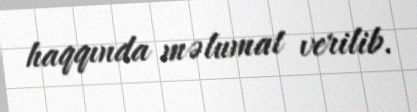
haqqında məlumat verilib.